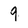
Character: 9